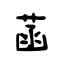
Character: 菡